Sanitation, dispensaries and jails vaccination Rajputana 1922-1927 - 1922-1927
Year: 1922
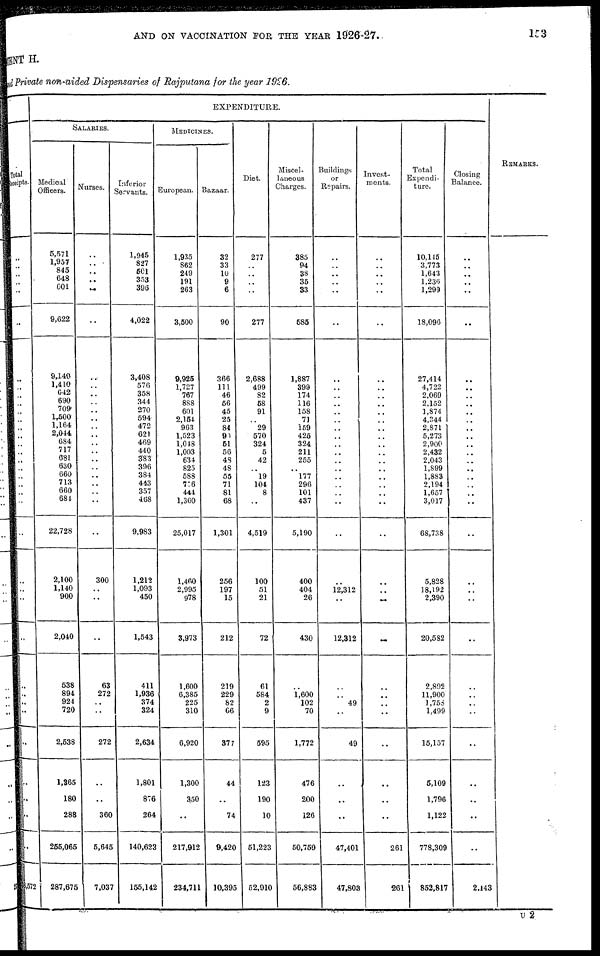
AND ON VACCINATION FOR THE YEAR 1926-27.
153
MENT H.
and Private non-aided Dispensaries of Rajputana for the year 1926.
Total
Receipts.
..
..
..
..
..
..
..
..
..
..
..
..
..
..
..
..
..
..
..
..
..
..
..
..
..
..
..
..
..
..
..
..
..
..
..
..
8,572
EXPENDITURE.
SALARIES.
Medical
Officers.
5,571
1,957
845
648
601
9,622
9,140
1,410
642
690
709
1,500
1,164
2,044
684
717
681
630
660
713
660
684
22,728
2,100
1,140
900
2,040
538
894
924
720
2,538
1,365
180
288
255,065
287,675
Nurses.
..
..
..
..
..
..
..
..
..
..
..
..
..
..
..
..
..
..
..
..
..
..
..
300
..
..
..
63
272
..
..
272
..
..
360
5,645
7,037
Inferior
Servants.
1,945
827
501
353
396
4,022
3,408
576
358
344
270
594
472
621
469
440
383
396
384
443
357
468
9,983
1,212
1,093
450
1,543
411
1,936
374
324
2,634
1,801
876
264
140,623
155,142
MEDICINES.
European.
1,935
862
249
191
263
3,500
9,925
1,727
767
888
601
2,154
963
1,523
1,048
1,003
634
825
588
776
444
1,360
25,017
1,460
2,995
978
3,973
1,600
6,385
225
310
6,920
1,300
350
..
217,912
234,711
Bazaar.
32
33
10
9
6
90
366
111
46
56
45
25
84
90
51
56
48
48
55
71
81
68
1,301
256
197
15
212
219
229
82
66
377
44
..
74
9,420
10,395
Diet.
277
..
..
..
..
277
2,688
499
82
58
91
..
29
570
324
5
42
..
19
104
8
..
4,519
100
51
21
72
61
584
2
9
595
123
190
10
51,223
52,910
Miscel-
laneous
Charges.
385
94
38
35
33
585
1,887
399
174
116
158
71
159
425
324
211
255
..
177
296
101
437
5,190
400
404
26
430
..
1,600
102
70
1,772
476
200
126
50,759
56,883
Buildings
or
Repairs.
..
..
..
..
..
..
..
..
..
..
..
..
..
..
..
..
..
..
..
..
..
..
..
..
12,312
..
12,312
..
..
49
..
49
..
..
..
47,401
47,803
Invest-
ments.
..
..
..
..
..
..
..
..
..
..
..
..
..
..
..
..
..
..
..
..
..
..
..
..
..
..
..
..
..
..
..
..
..
..
..
261
261
Total
Expendi-
ture.
10,145
3,773
1,643
1,236
1,299
18,096
27,414
4,722
2,069
2,152
1,874
4,344
2,871
5,273
2,900
2,432
2,043
1,899
1,883
2,194
1,657
3,017
68,738
5,828
18,192
2,390
20,582
2,892
11,900
1,753
1,499
15,157
5,109
1,796
1,122
778,309
852,817
Closing
Balance.
..
..
..
..
..
..
..
..
..
..
..
..
..
..
..
..
..
..
..
..
..
..
..
..
..
..
..
..
..
..
..
..
..
..
..
..
2,143
REMARKS
U 2